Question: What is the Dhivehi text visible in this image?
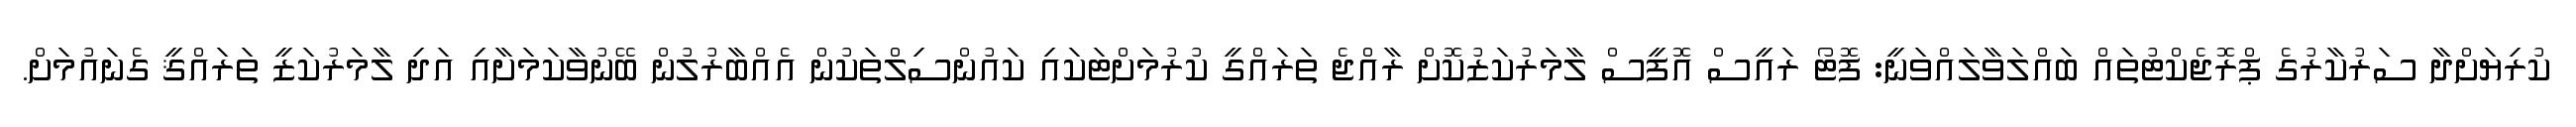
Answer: ކުރިޔަށްދާ ސަރުކާރުގެ ޕްރޮޖެކްޓުތައް ބައްލަވާލައްވަނީ: ފޮޓޯ ރައީސް އޮފީސް ލާމަރުކަޒުކޮށް ރާއްޖެ ތަރައްގީ ކުރުމަށްޓަކައި ކައުންސިލްތަކުން އެއްބާރުލުން ބޭނުވާކަމަށާއި އަދި ލާމަރުކަޒީ ތަރައްޤީ ގެނައުމަށް.